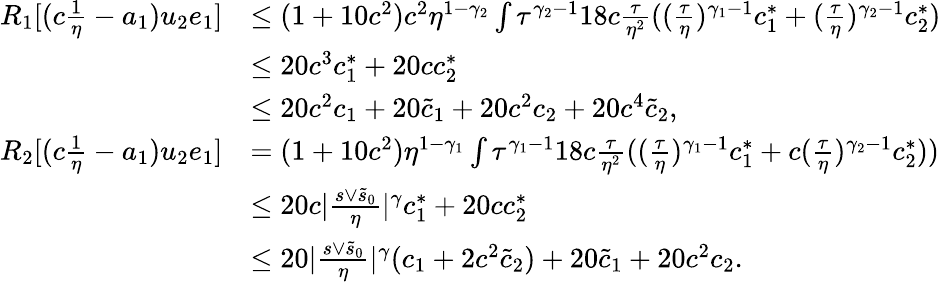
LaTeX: \begin{array}{rl}{R_{1}[(c\frac 1\eta-a_{1})u_{2}e_{1}]}&{\le(1+10c^{2})c^{2}\eta^{1-\gamma_{2}}\int\tau^{\gamma_{2}-1}18c\frac\tau{\eta^{2}}((\frac\tau\eta)^{\gamma_{1}-1}c_{1}^{\ast}+(\frac\tau\eta)^{\gamma_{2}-1}c_{2}^{\ast})}\\ &{\le 20c^{3}c_{1}^{\ast}+20cc_{2}^{\ast}}\\ &{\le 20c^{2}c_{1}+20\tilde{c}_{1}+20c^{2}c_{2}+20c^{4}\tilde{c}_{2},}\\ {R_{2}[(c\frac 1\eta-a_{1})u_{2}e_{1}]}&{=(1+10c^{2})\eta^{1-\gamma_{1}}\int\tau^{\gamma_{1}-1}18c\frac\tau{\eta^{2}}((\frac\tau\eta)^{\gamma_{1}-1}c_{1}^{\ast}+c(\frac\tau\eta)^{\gamma_{2}-1}c_{2}^{\ast}))}\\ &{\le 20c\vert\frac{s\vee\tilde{s}_{0}}\eta\vert^{\gamma}c_{1}^{\ast}+20cc_{2}^{\ast}}\\ &{\le 20\vert\frac{s\vee\tilde{s}_{0}}\eta\vert^{\gamma}(c_{1}+2c^{2}\tilde{c}_{2})+20\tilde{c}_{1}+20c^{2}c_{2}.}\end{array}